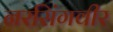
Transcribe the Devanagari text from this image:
नरसिंगवीर